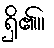
ရှိ၏။